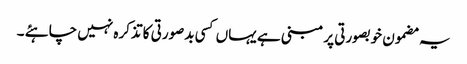
یہ مضمون خوبصورتی پر مبنی ہے یہاں کسی بدصورتی کا تذکرہ نہیں چاہئے ۔